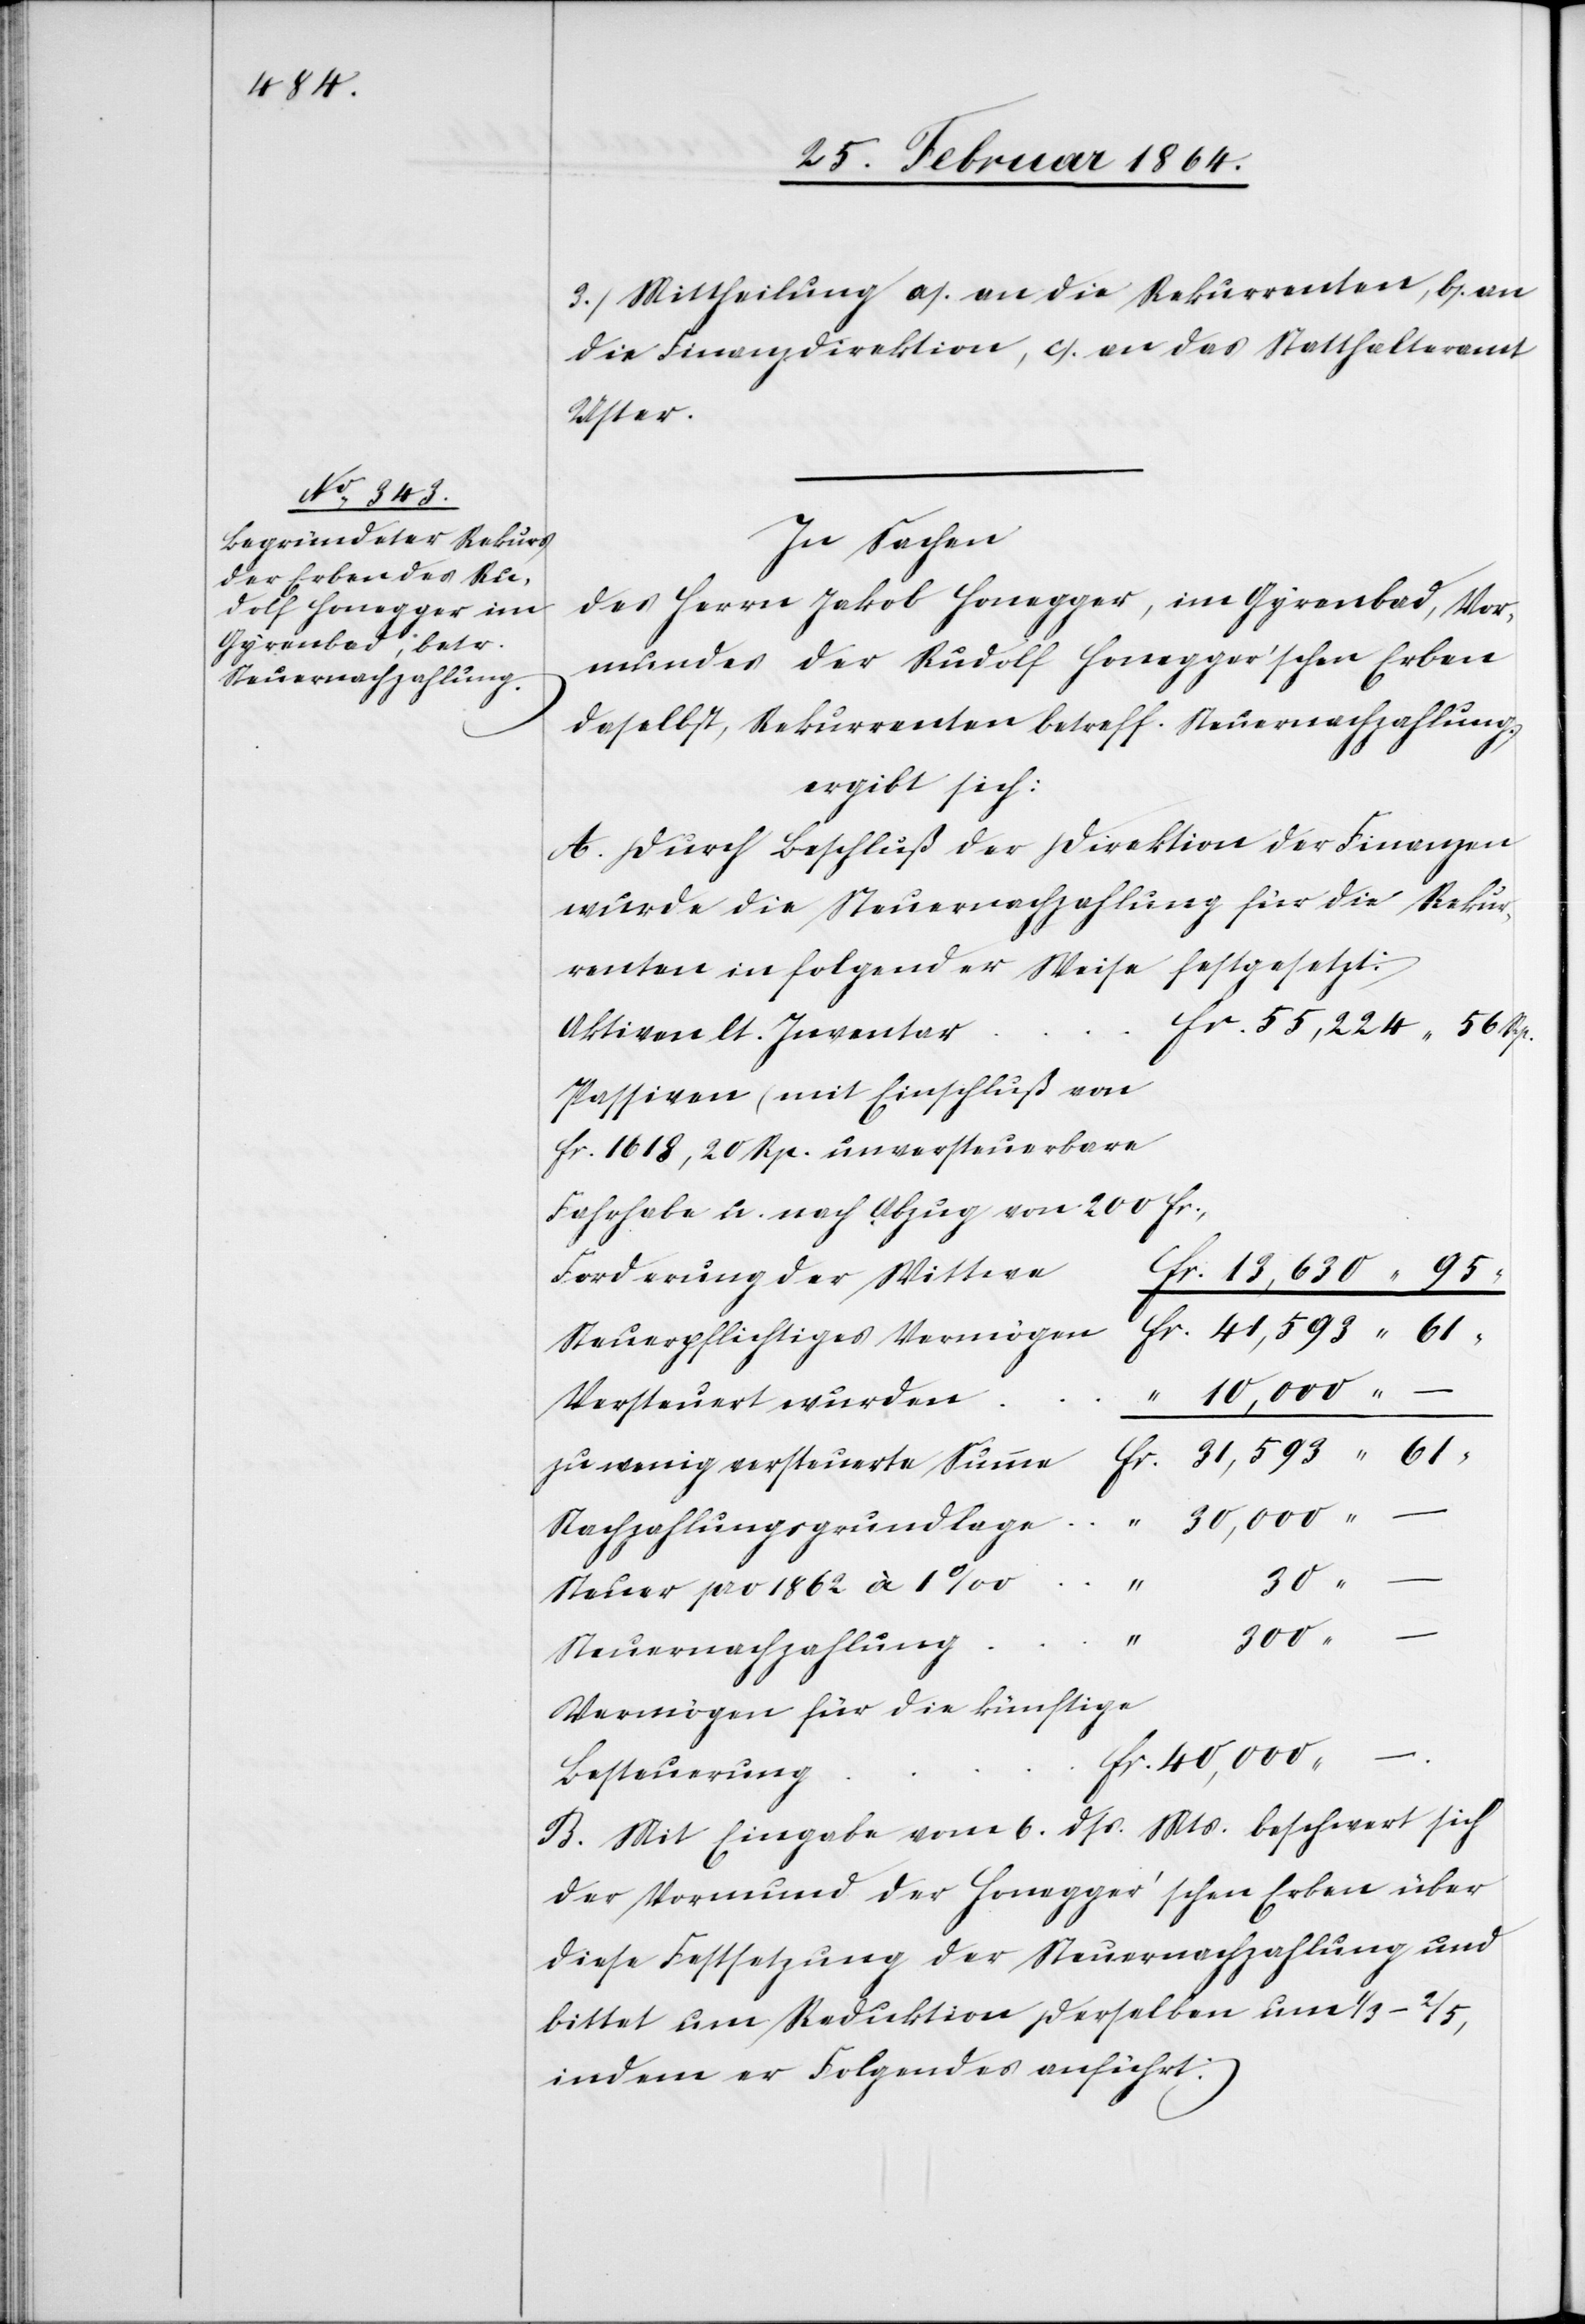
3. Mittheilung a.) an die Rekurrenten, b.) an
die Finanzdirektion, c.) an das Statthalteramt
Versteuert
In Sachen
des Herrn Jakob Honegger, im Gyrenbad, Vor¬
mund der Rudolf Honegger’schen Erben
daselbst, Rekurrenten betreff. Steuernachzahlung,
ergibt sich:
A. Durch Beschluß der Direktion der Finanzen
wurde die Steuernachzahlung für die Rekur¬
renten in folgender Weise festgesetzt:
55,224 56 Rp.
Passiven (mit Einschluß von
Fahrhabe u. nach Abzug von 200 fr.,
fr. 1618,20 Rp.
r. 41,593 61
Steuerpflichtiges Vermöge¬
“ 10,000 –
zu wenig versteuerte Summe				fr. 31,593 61
Nachzahlungsgrundlage				 “ 30,000 –
n				f¬
30
Steuer pro 1862 à
“
300 –
Vermögen für die künftige
40,000 –.
B. Mit Eingabe vom 6. dss. Mts. beschwert sich
der Vormund der Honegger’schen Erben über
diese Festsetzung der Steuernachzahlung und
bittet um Reduktion derselben um 1/3-2/5,
indem er Folgendes anführt: